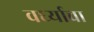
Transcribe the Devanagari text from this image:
वर्ध्याचा